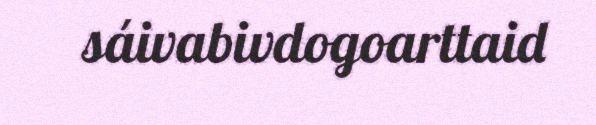
sáivabivdogoarttaid